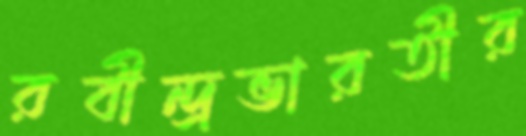
রবীন্দ্রভারতীর